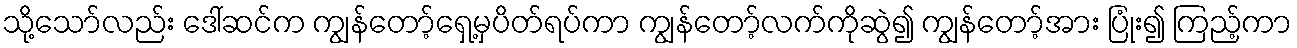
သို့သော်လည်း ဒေါ်ဆင်က ကျွန်တော့်ရှေ့မှပိတ်ရပ်ကာ ကျွန်တော့်လက်ကိုဆွဲ၍ ကျွန်တော့်အား ပြုံး၍ ကြည့်ကာ